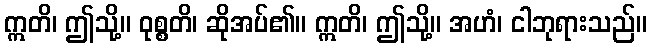
ဣတိ၊ ဤသို့။ ဝုစ္စတိ၊ ဆိုအပ်၏။ ဣတိ၊ ဤသို့။ အဟံ၊ ငါဘုရားသည်။